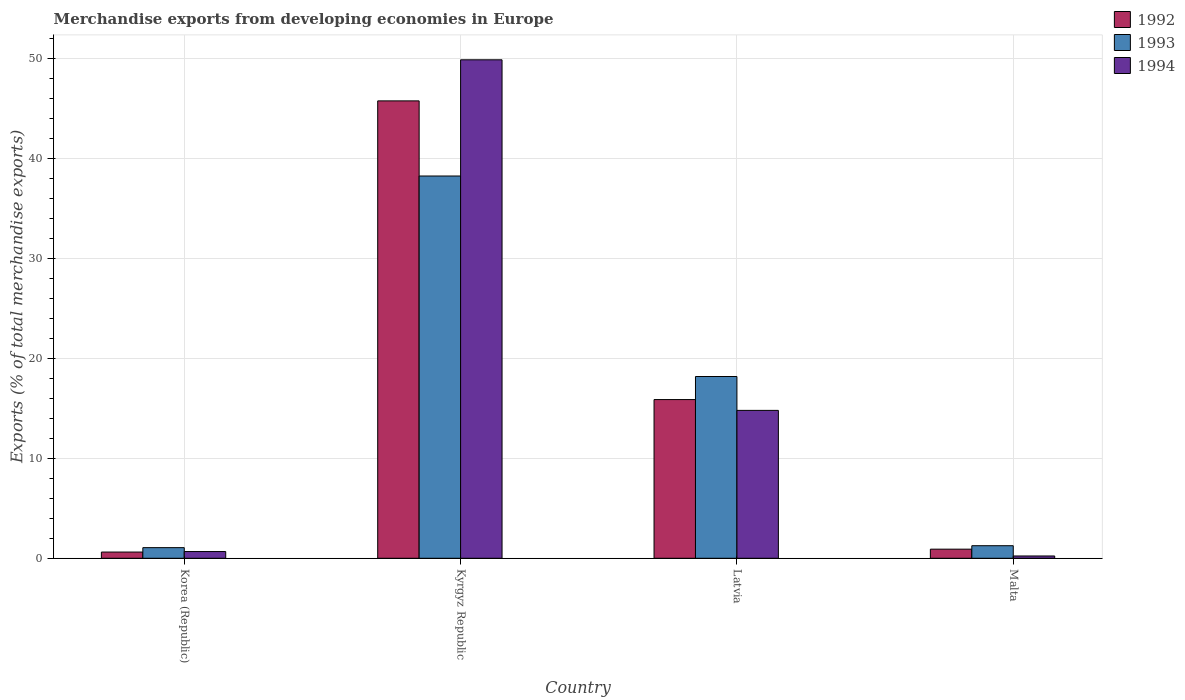
| Country | 1992 | 1993 | 1994 |
 | --- | --- | --- | --- |
 | Korea (Republic) | 0.621 | 1.06 | 0.672 |
 | Kyrgyz Republic | 45.7 | 38.2 | 49.8 |
 | Latvia | 15.9 | 18.2 | 14.8 |
 | Malta | 0.91 | 1.26 | 0.23 |